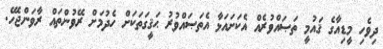
ދިވެހި މީޑިއާގެ ޤައުމީ ތަޞައްވުރެއް އެކަށައަޅާ އެތަޞައްވުރު ޙަޤީގަތަކަށް ހެދުމަށް ރޭވުންތައް ރާވަންޖެހޭ.